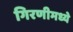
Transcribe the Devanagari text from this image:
गिरणीमध्ये